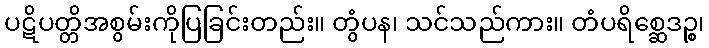
ပဋိပတ္တိအစွမ်းကိုပြခြင်းတည်း။ တွံပန၊ သင်သည်ကား။ တံပရိစ္ဆေဒဉ္စ၊